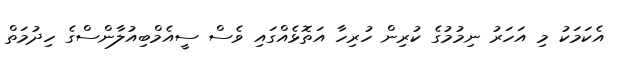
އެކަމަކު މި އަހަރު ނިމުމުގެ ކުރިން ހުރިހާ އަތޮޅެއްގައި ވެސް ސީއެމްބިއުލާންސްގެ ހިދުމަތް